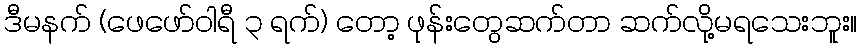
ဒီမနက် (ဖေဖော်ဝါရီ ၃ ရက်) တော့ ဖုန်းတွေဆက်တာ ဆက်လို့မရသေးဘူး။